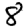
Digit: 8